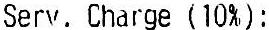
SERV. CHARGE (10%):